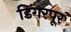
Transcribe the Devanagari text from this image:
डिंगरपूर